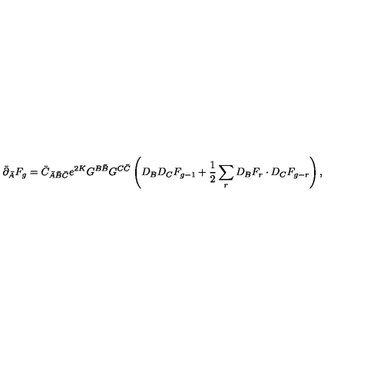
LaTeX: \bar { \partial } _ { \bar { A } } F _ { g } = \bar { C } _ { \bar { A } \bar { B } \bar { C } } e ^ { 2 K } G ^ { B \bar { B } } G ^ { C \bar { C } } \left( D _ { B } D _ { C } F _ { g - 1 } + \frac { 1 } { 2 } \sum _ { r } D _ { B } F _ { r } \cdot D _ { C } F _ { g - r } \right) ,